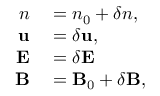
\begin{array} { r l } { n } & { { } = n _ { 0 } + \delta n , } \\ { \mathbf { u } } & { { } = \delta \mathbf { u } , } \\ { \mathbf { E } } & { { } = \delta \mathbf { E } } \\ { \mathbf { B } } & { { } = \mathbf { B } _ { 0 } + \delta \mathbf { B } , } \end{array}